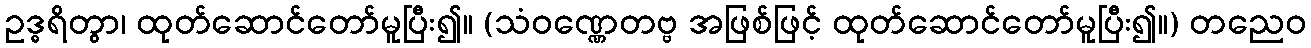
ဥဒ္ဓရိတွာ၊ ထုတ်ဆောင်တော်မူပြီး၍။ (သံဝဏ္ဏေတဗ္ဗ အဖြစ်ဖြင့် ထုတ်ဆောင်တော်မူပြီး၍။) တညေဝ